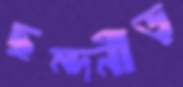
ছন্দনীড়